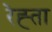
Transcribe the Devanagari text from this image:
रेह्ता